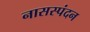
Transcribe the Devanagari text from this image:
नासस्पंदन